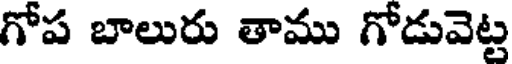
గోప బాలురు తాము గోడువెట్ట